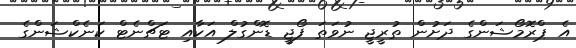
އެ ޕްރޮމޯޝަންގެ ދަށުން ތުރީޖީ ނުވަތަ ފޯޖީ ޑޮންގުލް އަކާއި ޓަޗްނެޓް ކަނެކްޝަންގެ